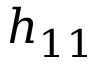
h _ { 1 1 }